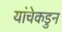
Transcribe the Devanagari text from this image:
यांचेकडुन